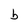
Character: b